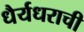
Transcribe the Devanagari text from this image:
धैर्यधराची